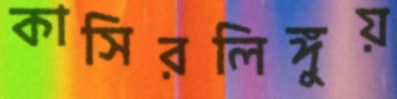
কাসিরলিঙ্গুয়